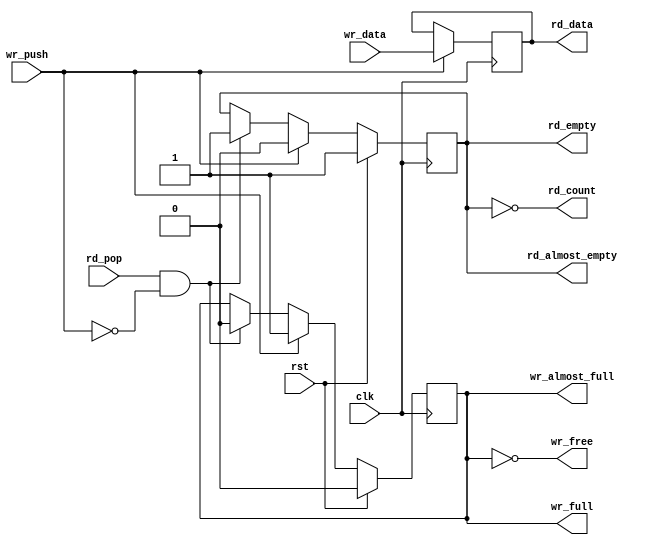
// 
// Copyright (c) 2011, Daniel Strother < http://danstrother.com/ >
// All rights reserved.
// 
// Redistribution and use in source and binary forms, with or without
// modification, are permitted provided that the following conditions are met:
//   - Redistributions of source code must retain the above copyright notice,
//     this list of conditions and the following disclaimer.
//   - Redistributions in binary form must reproduce the above copyright
//     notice, this list of conditions and the following disclaimer in the
//     documentation and/or other materials provided with the distribution.
//   - The name of the author may not be used to endorse or promote products
//     derived from this software without specific prior written permission.
// 
// THIS SOFTWARE IS PROVIDED BY THE AUTHOR "AS IS" AND ANY EXPRESS OR IMPLIED
// WARRANTIES, INCLUDING, BUT NOT LIMITED TO, THE IMPLIED WARRANTIES OF
// MERCHANTABILITY AND FITNESS FOR A PARTICULAR PURPOSE ARE DISCLAIMED. IN NO
// EVENT SHALL THE AUTHOR BE LIABLE FOR ANY DIRECT, INDIRECT, INCIDENTAL,
// SPECIAL, EXEMPLARY, OR CONSEQUENTIAL DAMAGES (INCLUDING, BUT NOT LIMITED
// TO, PROCUREMENT OF SUBSTITUTE GOODS OR SERVICES; LOSS OF USE, DATA, OR
// PROFITS; OR BUSINESS INTERRUPTION) HOWEVER CAUSED AND ON ANY THEORY OF
// LIABILITY, WHETHER IN CONTRACT, STRICT LIABILITY, OR TORT (INCLUDING
// NEGLIGENCE OR OTHERWISE) ARISING IN ANY WAY OUT OF THE USE OF THIS
// SOFTWARE, EVEN IF ADVISED OF THE POSSIBILITY OF SUCH DAMAGE.
//

// Module Description:
// 1-deep register slice with FIFO interface.

module dlsc_fifo_one #(
    parameter DATA          = 8,    // width of data in FIFO
    parameter ALMOST_FULL   = 0,    // assert almost_full when <= ALMOST_FULL free spaces remain (0 makes it equivalent to full)
    parameter ALMOST_EMPTY  = 0,    // assert almost_empty when <= ALMOST_EMPTY valid entries remain (0 makes it equivalent to empty)
    parameter FULL_IN_RESET = 0     // force full flags to be set when in reset
) (
    // system
    input   wire                clk,
    input   wire                rst,
    
    // input
    input   wire                wr_push,
    input   wire    [DATA-1:0]  wr_data,
    output  reg                 wr_full,
    output  wire                wr_almost_full,
    output  wire    [0:0]       wr_free,

    // output
    input   wire                rd_pop,
    output  reg     [DATA-1:0]  rd_data,
    output  reg                 rd_empty,
    output  wire                rd_almost_empty,
    output  wire    [0:0]       rd_count
);

assign          wr_almost_full  = (ALMOST_FULL ==0) ? wr_full  : 1'b1;
assign          wr_free         = !wr_full;

assign          rd_almost_empty = (ALMOST_EMPTY==0) ? rd_empty : 1'b1;
assign          rd_count        = !rd_empty;

always @(posedge clk) begin
    if(wr_push) begin
        rd_data     <= wr_data;
    end
end

reg             rst_done;

always @(posedge clk) begin
    if(rst) begin
        rd_empty    <= 1'b1;
        wr_full     <= FULL_IN_RESET ? 1'b1 : 1'b0;
        rst_done    <= FULL_IN_RESET ? 1'b0 : 1'b1;
    end else begin
        if(rd_pop && !wr_push) begin
            wr_full     <= 1'b0;
            rd_empty    <= 1'b1;
        end
        if(wr_push) begin
            // write after read, to support simultaneous push/pop when full
            wr_full     <= 1'b1;
            rd_empty    <= 1'b0;
        end
        if(FULL_IN_RESET) begin
            rst_done    <= 1'b1;
            if(!rst_done) begin
                wr_full     <= 1'b0;
            end
        end
    end
end


endmodule